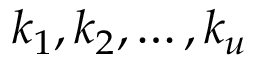
k _ { 1 } , k _ { 2 } , \dots , k _ { u }